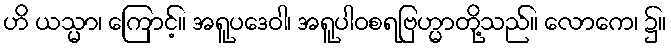
ဟိ ယသ္မာ၊ ကြောင့်။ အရူပဒေဝါ၊ အရူပါဝစရဗြဟ္မာတို့သည်။ လောကေ၊ ၌။